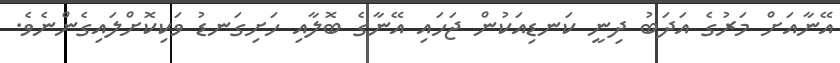
އޭނާއަށް މަރުގެ އަދަބު ދިނީ ކަނޑިއަކުން ޖަހައި އޭނާގެ ބޮލާއި ހަށިގަނޑު ވަކިކޮށްލައިގެންނެވެ.